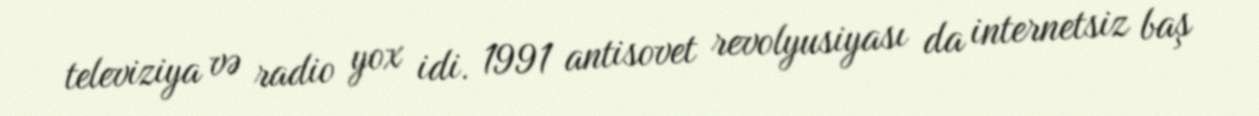
televiziya və radio yox idi. 1991 antisovet revolyusiyası da internetsiz baş